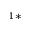
^ { 1 * }